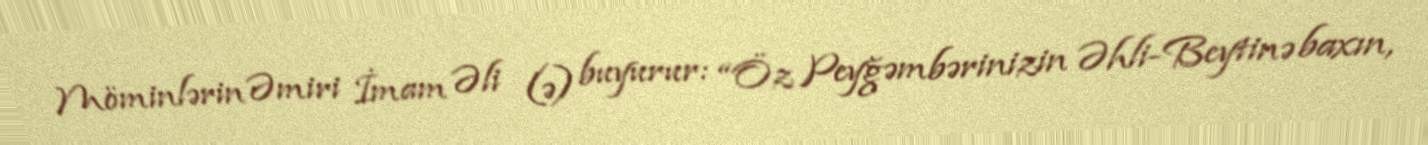
Möminlərin Əmiri İmam Əli (ə) buyurur: “Öz Peyğəmbərinizin Əhli-Beytinə baxın,